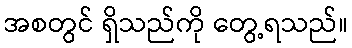
အစတွင် ရှိသည်ကို တွေ့ရသည်။